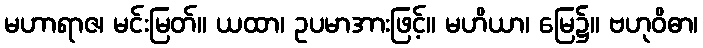
မဟာရာဇ၊ မင်းမြတ်။ ယထာ၊ ဥပမာအားဖြင့်။ မဟိယာ၊ မြေ၌။ ဗဟုဝိဓာ၊